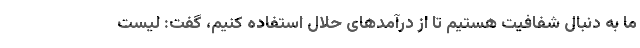
ما به دنبال شفافیت هستیم تا از درآمدهای حلال استفاده کنیم، گفت: لیست